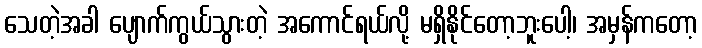
သေတဲ့အခါ ပျောက်ကွယ်သွားတဲ့ အကောင်ရယ်လို့ မရှိနိုင်တော့ဘူးပေါ့၊ အမှန်ကတော့